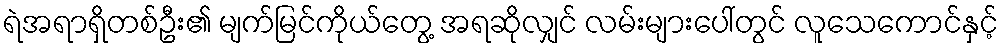
ရဲအရာရှိတစ်ဦး၏ မျက်မြင်ကိုယ်တွေ့ အရဆိုလျှင် လမ်းများပေါ်တွင် လူသေကောင်နှင့်